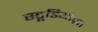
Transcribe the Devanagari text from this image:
स्टूडियोज़।